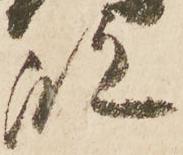
殿